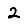
Digit: 2